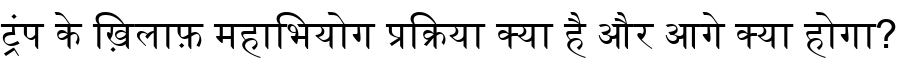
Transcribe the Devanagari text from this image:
ट्रंप के ख़िलाफ़ महाभियोग प्रक्रिया क्या है और आगे क्या होगा?